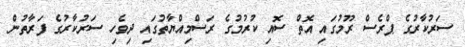
ސަރުކާރުގެ ޕްރެސް ރޫމުގައި އޮތް ސޮއި ކުރުމުގެ ރަސްމިއްޔާތުގައި ދިވެހި ސަރުކާރުގެ ފަރާތުން